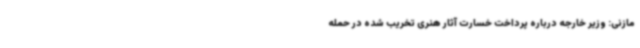
مازنی: وزیر خارجه درباره پرداخت خسارت آثار هنری تخریب شده در حمله